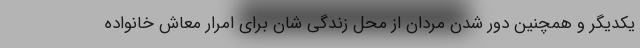
یکدیگر و همچنین دور شدن مردان از محل زندگی شان برای امرار معاش خانواده